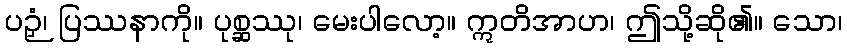
ပဉှံ၊ ပြဿနာကို။ ပုစ္ဆဿု၊ မေးပါလော့။ ဣတိအာဟ၊ ဤသို့ဆို၏။ သော၊